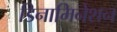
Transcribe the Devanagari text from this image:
डिनामिनेशन